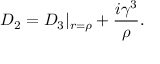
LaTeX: { \cal D } _ { 2 } = { \cal D } _ { 3 } | _ { r = { \rho } } + \frac { i { \gamma } ^ { 3 } } { \rho } .